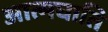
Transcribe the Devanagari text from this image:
आत्मघाति